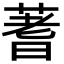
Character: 蓍